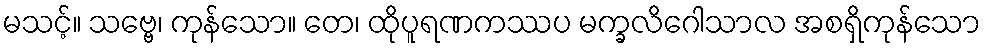
မသင့်။ သဗ္ဗေ၊ ကုန်သော။ တေ၊ ထိုပူရဏကဿပ မက္ခလိဂေါသာလ အစရှိကုန်သော